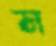
স